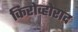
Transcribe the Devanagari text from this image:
किरोव्होराद